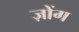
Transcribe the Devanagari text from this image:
ज़ोंग